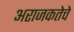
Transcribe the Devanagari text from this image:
अराजकतेचे